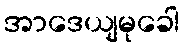
အာဒေယျမုခေါ